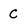
Character: c